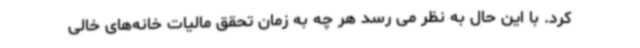
کرد. با این حال به نظر می رسد هر چه به زمان تحقق مالیات خانه‌های خالی